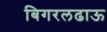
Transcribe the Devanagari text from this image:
बिगरलढाऊ